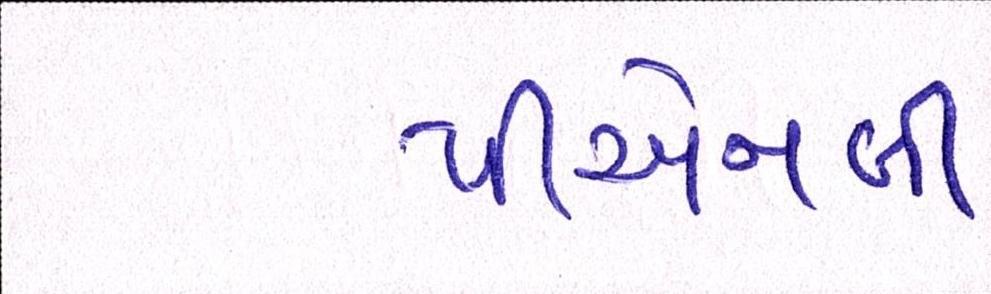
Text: પીએનબી